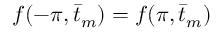
f ( - \pi , \bar { t } _ { m } ) = f ( \pi , \bar { t } _ { m } )